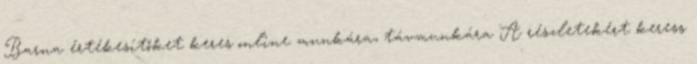
Barna értékesítőket keres online munkára, távmunkára A részletekért keress